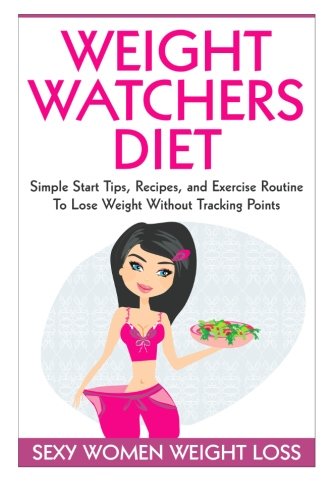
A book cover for Weight Watchers Diet: Simple Start Tips, Recipes, and Exercise Routine To Lose Weight Without Tracking Points; Gena Hall; Health, Fitness & Dieting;